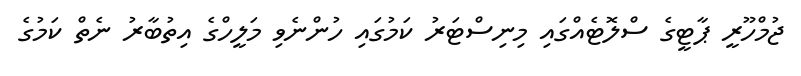
ޖުމްހޫރީ ޕާޓީގެ ސްލޮޓެއްގައި މިނިސްޓަރު ކަމުގައި ހުންނެވި މަލީހްގެ އިތުބާރު ނެތް ކަމުގެ